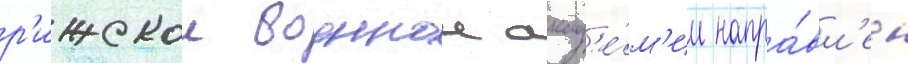
р'ижскои военнои акад'е́м'ии напра́вл'ен